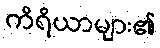
ကိရိယာများ၏